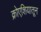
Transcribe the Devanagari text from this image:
क्रोएशियातून